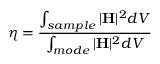
\eta = \frac { \int _ { s a m p l e } | \mathbf { H } | ^ { 2 } d V } { \int _ { m o d e } | \mathbf { H } | ^ { 2 } d V }